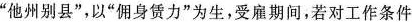
”他州别县”，以”佣身赁力”为生，受雇期间，若对工作条件